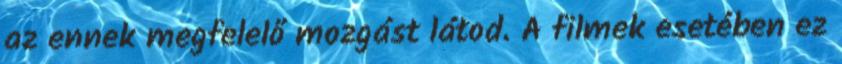
az ennek megfelelő mozgást látod. A filmek esetében ez